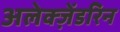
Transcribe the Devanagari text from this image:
अलेक्ज़ेंडरिन